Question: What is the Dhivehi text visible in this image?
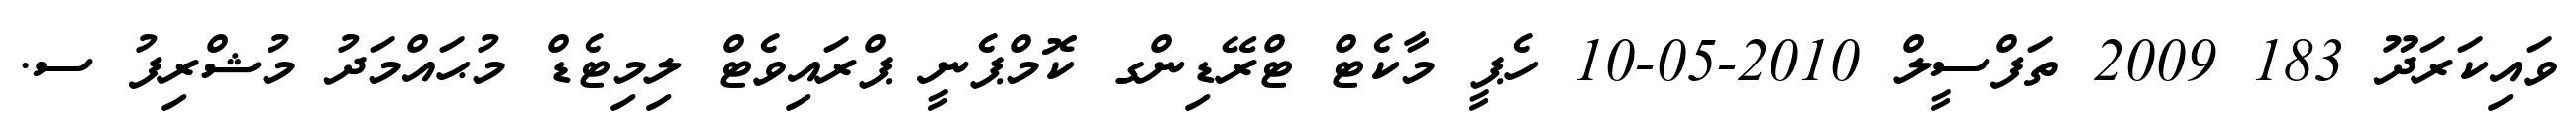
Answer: ވައިކަރަދޫ 183 2009 ތަފްސީލް 2010-05-10 ހެޕީ މާކެޓް ޓްރޭޑިންގ ކޮމްޕެނީ ޕްރައިވެޓް ލިމިޓެޑް މުޙައްމަދު މުޝްރިފު ސ.